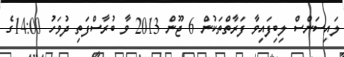
ލައިސަންސް ލިބިފައިވާ ފަރާތްތަކުން 6 ޖޫން 2013 ވާ ބުރާސްފަތި ދުވަހު 14:00ގެ